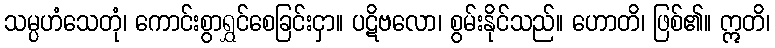
သမ္ပဟံသေတုံ၊ ကောင်းစွာရွှင်စေခြင်းငှာ။ ပဋိဗလော၊ စွမ်းနိုင်သည်။ ဟောတိ၊ ဖြစ်၏။ ဣတိ၊